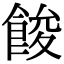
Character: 餕